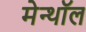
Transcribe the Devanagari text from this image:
मेन्थॉल